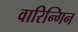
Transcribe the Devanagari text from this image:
वारिन्गिन